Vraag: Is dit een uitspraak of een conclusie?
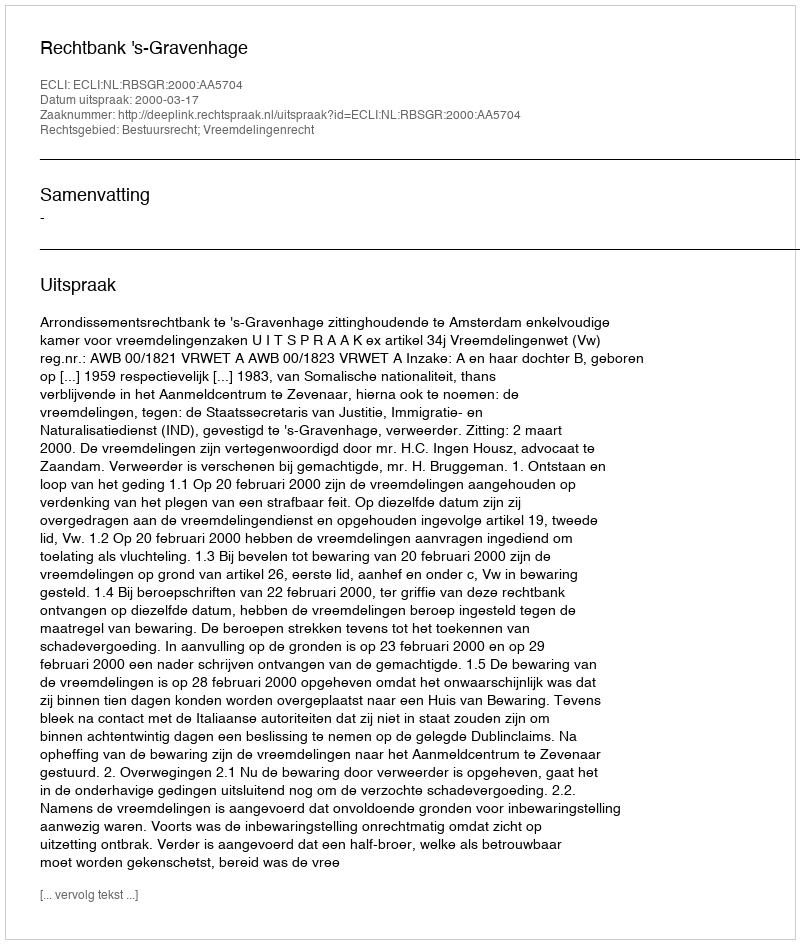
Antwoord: Uitspraak